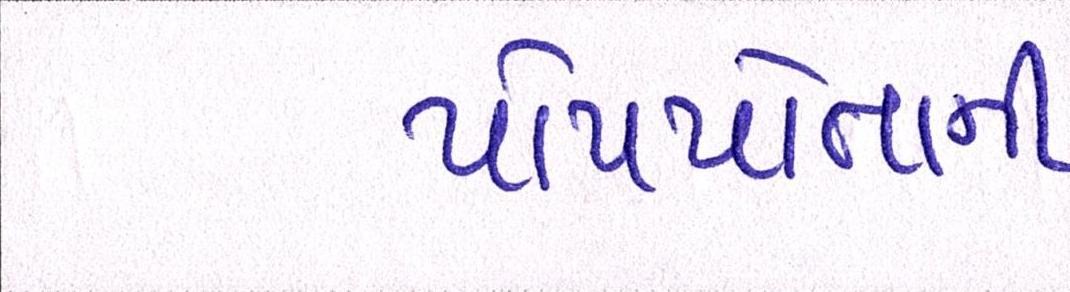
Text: પોતપોતાની